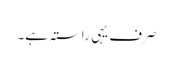
صرف یہی راستہ ہے۔